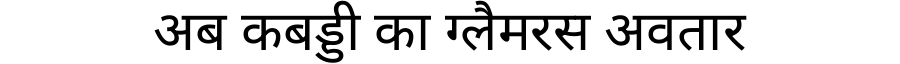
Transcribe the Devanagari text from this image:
अब कबड्डी का ग्लैमरस अवतार